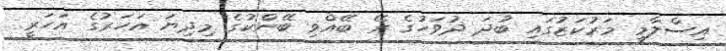
އިސްލާމީ މަރުކަޒުގައި ބުދަ ދުވަހުގެ ރޭ ބޭއްވި ބޭންކުގެ މިދިޔަ އަހަރުގެ އަހަރީ